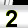
Digit: 2